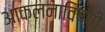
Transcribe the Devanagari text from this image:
आकलनाविषयी